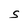
Character: s